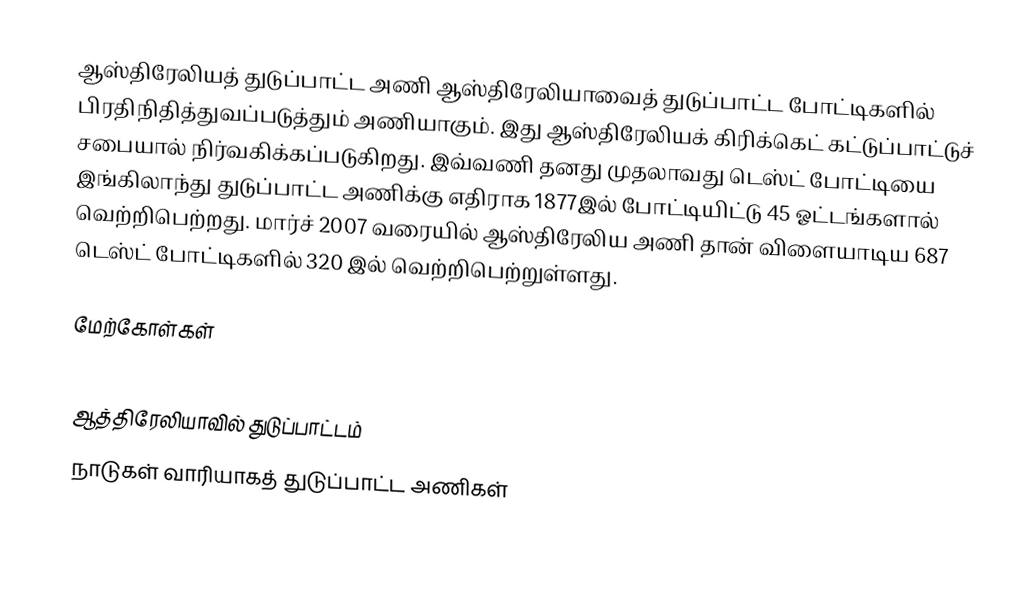
ஆஸ்திரேலியத் துடுப்பாட்ட அணி  ஆஸ்திரேலியாவைத் துடுப்பாட்ட போட்டிகளில் பிரதிநிதித்துவப்படுத்தும் அணியாகும். இது ஆஸ்திரேலியக் கிரிக்கெட் கட்டுப்பாட்டுச் சபையால் நிர்வகிக்கப்படுகிறது. இவ்வணி தனது முதலாவது டெஸ்ட் போட்டியை இங்கிலாந்து துடுப்பாட்ட அணிக்கு எதிராக 1877இல் போட்டியிட்டு 45 ஓட்டங்களால் வெற்றிபெற்றது. மார்ச் 2007 வரையில் ஆஸ்திரேலிய அணி தான் விளையாடிய 687 டெஸ்ட் போட்டிகளில் 320 இல் வெற்றிபெற்றுள்ளது.

மேற்கோள்கள்

ஆத்திரேலியாவில் துடுப்பாட்டம்
நாடுகள் வாரியாகத் துடுப்பாட்ட அணிகள்